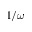
1 / \omega